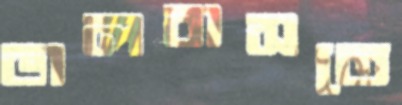
ভালবাসতে